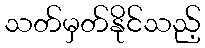
သတ်မှတ်နိုင်သည့်